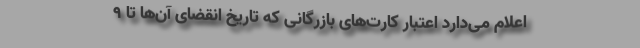
اعلام می‌دارد اعتبار کارت‌های بازرگانی که تاریخ انقضای آن‌ها تا ۹